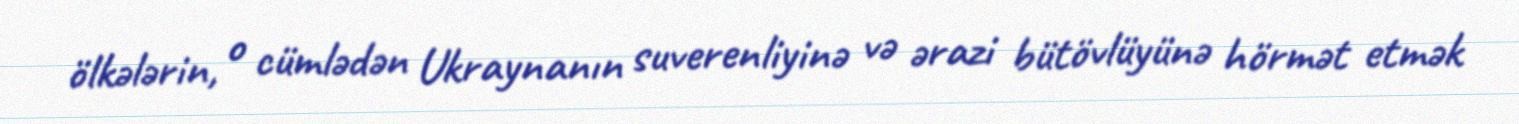
ölkələrin, o cümlədən Ukraynanın suverenliyinə və ərazi bütövlüyünə hörmət etmək